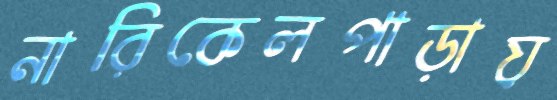
নারিকেলপাড়ায়